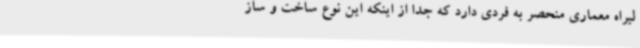
لیراه معماری منحصر به فردی دارد که جدا از اینکه این نوع ساخت و ساز